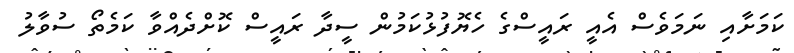
ކަމަށާއި ނަމަވެސް އެއީ ރައީސްގެ ހެޔޮފުޅުކަމުން ސީދާ ރައީސް ކޮށްދެއްވާ ކަމެތޯ ސުވާލު